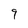
Character: 9